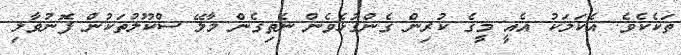
ތަކެކެވެ. އެކަމަކު އެއީ މީގެ ކުރިން ގެންގުޅެވެން ނެތިގެން މާލޭ ސްކޫލުތަކުން ފޮނުވާލި